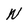
Character: N